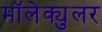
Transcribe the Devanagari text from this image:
मॉलेक्युलर